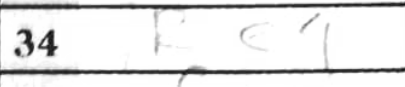
Transcription: Re4